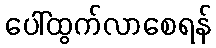
ပေါ်ထွက်လာစေရန်